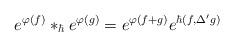
LaTeX: \begin{align*}e^{\varphi(f)}*_{\hbar} e^{\varphi(g)}=e^{\varphi(f+g)} e^{\hbar(f,\Delta' g)}\end{align*}